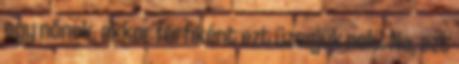
egy nőnek, akkor férfiként ezt üzenjük neki. Na, ezt